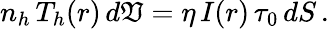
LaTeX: n_{h}\, T_{h}(r)\, d\mathfrak{V}=\eta\, I(r)\, \tau_{0}\, dS\, .